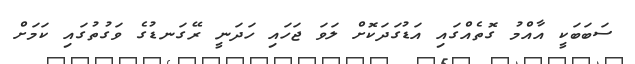
ސަބަބަކީ އާއްމު ގޮތެއްގައި އަޑުގަދަކޮށް ލަވަ ޖަހައި ހަދަނީ ރޭގަނޑުގެ ވަގުތުގައި ކަމަށް